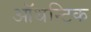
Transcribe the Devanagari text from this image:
ऑथन्टिक